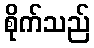
စိုက်သည်